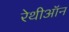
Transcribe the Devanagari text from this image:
रेथीऑन